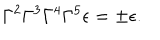
\Gamma ^ { 2 } \Gamma ^ { 3 } \Gamma ^ { 4 } \Gamma ^ { 5 } \epsilon = \pm \epsilon .